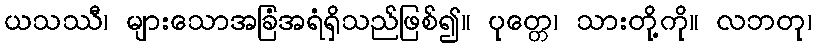
ယသဿီ၊ များသောအခြံအရံရှိသည်ဖြစ်၍။ ပုတ္တေ၊ သားတို့ကို။ လဘတု၊